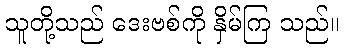
သူတို့သည် ဒေးဗစ်ကို နှိမ်ကြ သည်။